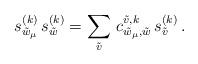
LaTeX: \begin{align*}s_{\tilde w_\mu}^{(k)} \,s_{\tilde w}^{(k)} = \sum_{\tilde v}\,c_{\tilde w_\mu,\tilde w}^{\tilde v,k}\, s_{\tilde v}^{(k)}\,.\end{align*}